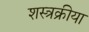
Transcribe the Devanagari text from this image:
शस्त्रक्रीया